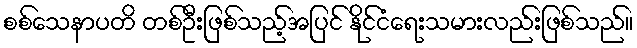
စစ်သေနာပတိ တစ်ဦးဖြစ်သည့်အပြင် နိုင်ငံရေးသမားလည်းဖြစ်သည်။